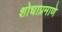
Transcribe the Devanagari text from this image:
शोधाप्रमाणे